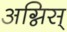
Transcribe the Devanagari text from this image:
अग्निस्